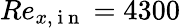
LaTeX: Re_{x,\mathrm{~i~n~}}=4300